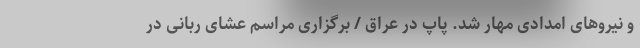
و نیروهای امدادی مهار شد. پاپ در عراق / برگزاری مراسم عشای ربانی در